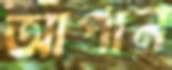
আপান